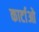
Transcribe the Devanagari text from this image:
कार्टाओ